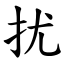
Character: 扰